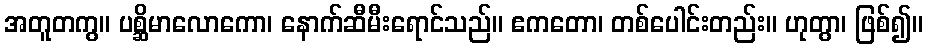
အတူတကွ။ ပစ္ဆိမာလောကော၊ နောက်ဆီမီးရောင်သည်။ ဧကတော၊ တစ်ပေါင်းတည်း။ ဟုတွာ၊ ဖြစ်၍။